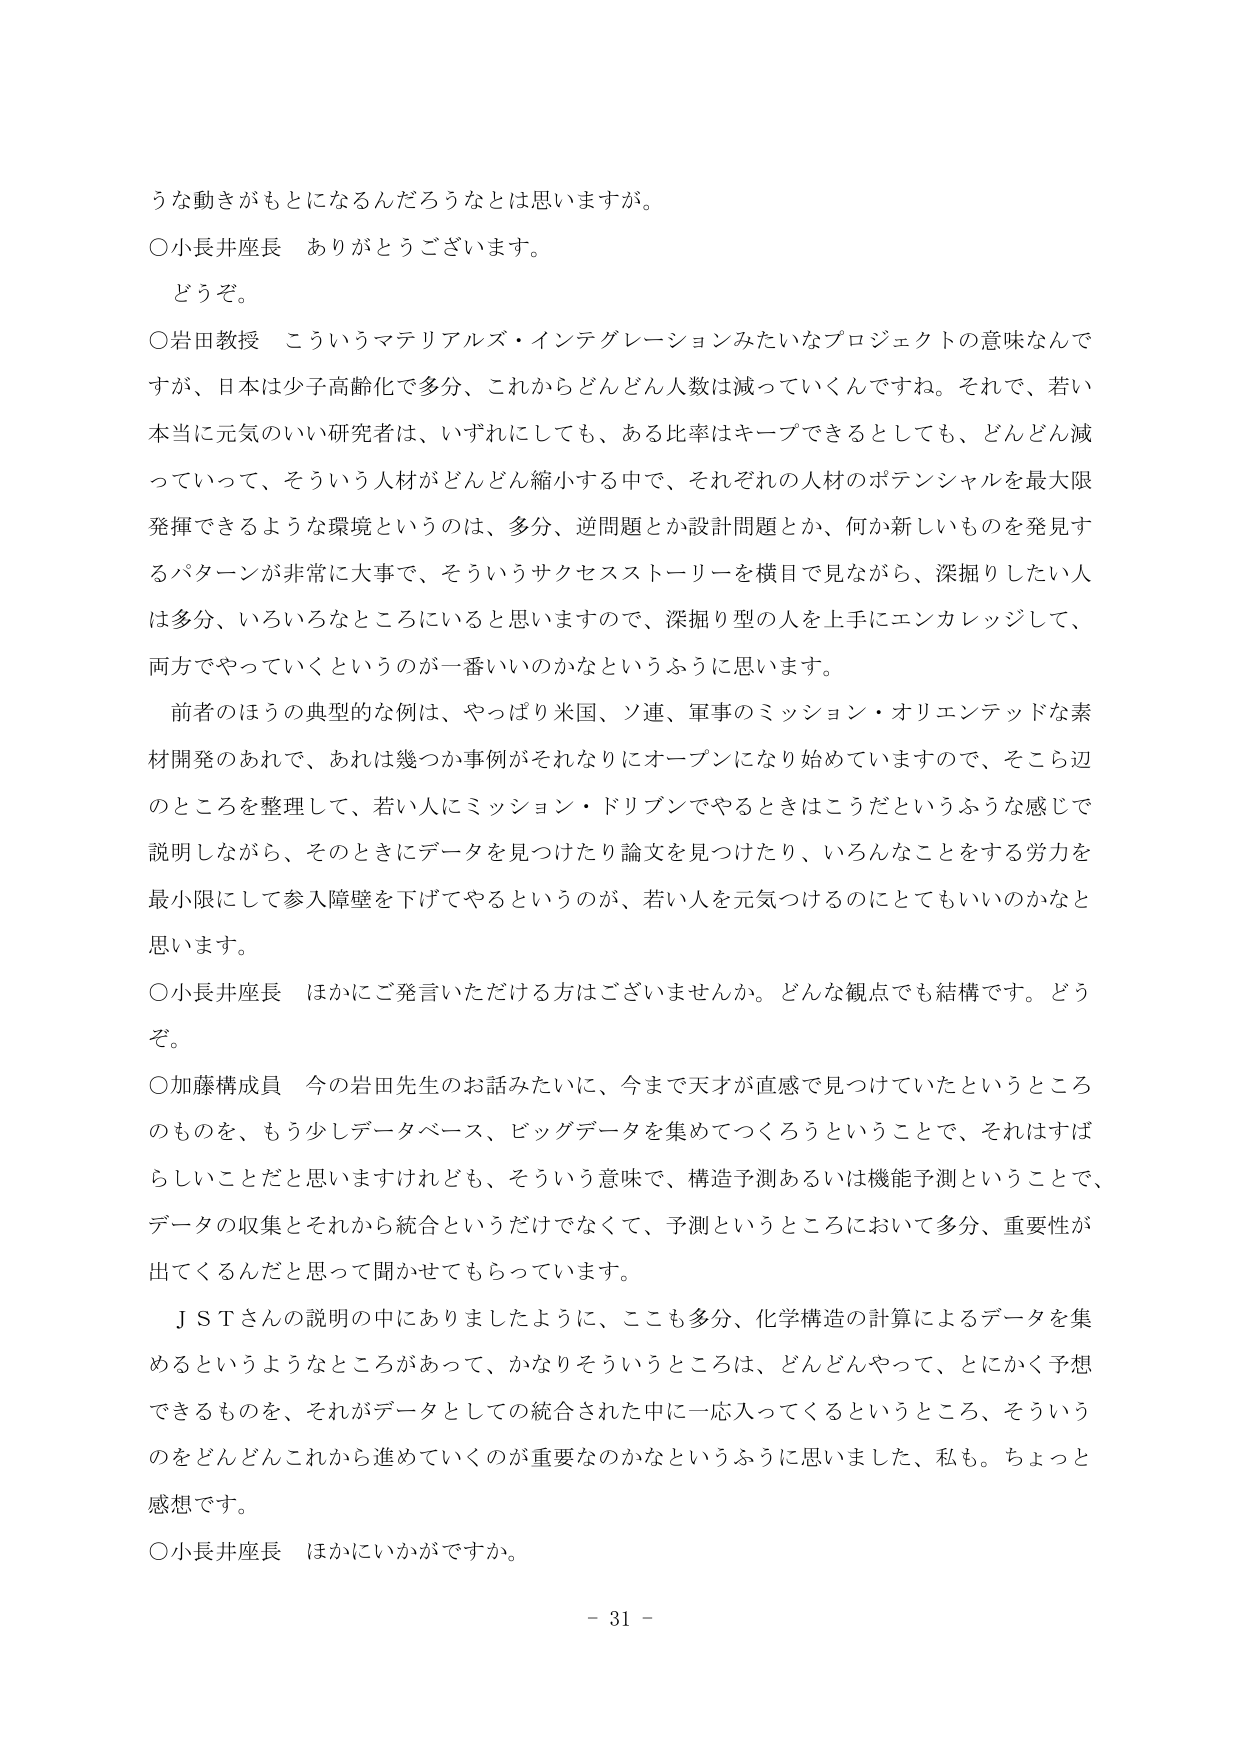
うな動きがもとになるんだろうなとは思いますが。

○小長井座長　ありがとうございます。
　どうぞ。

○岩田教授　こういうマテリアルズ・インテグレーションみたいなプロジェクトの意味なんですが、日本は少子高齢化で多分、これからどんどん人数は減っていくんですね。それで、若い本当に元気のいい研究者は、いずれにしても、ある比率はキープできるとしても、どんどん減っていって、そういう人材がどんどん縮小する中で、それぞれの人材のポテンシャルを最大限発揮できるような環境というのは、多分、逆問題とか設計問題とか、何か新しいものを発見するパターンが非常に大事で、そういうサクセスストーリーを横目で見ながら、深掘りしたい人は多分、いろいろなところにいると思いますので、深掘り型の人を上手にエンカレッジして、両方でやっていくというのが一番いいのかなというふうに思います。

　前者のほうの典型的な例は、やっぱり米国、ソ連、軍事のミッション・オリエンテッドな素材開発のあれで、あれは幾つか事例がそれなりにオープンになり始めていますので、そこら辺のところを整理して、若い人にミッション・ドリブンでやるときはこうだというふうな感じで説明しながら、そのときにデータを見つけたり論文を見つけたり、いろんなことをする労力を最小限にして参入障壁を下げてやるというのが、若い人を元気づけるのにとてもいいのかなと思います。

○小長井座長　ほかにご発言いただける方はございませんか。どんな観点でも結構です。どうぞ。

○加藤構成員　今の岩田先生のお話みたいに、今まで天才が直感で見つけていたというところのものを、もう少しデータベース、ビッグデータを集めてつくろうということで、それはすばらしいことだと思いますけれども、そういう意味で、構造予測あるいは機能予測ということで、データの収集とそれから統合というだけでなくて、予測というところにおいて多分、重要性が出てくるんだと思って聞かせてもらっています。

　ＪＳＴさんの説明の中によりましたように、ここも多分、化学構造の計算によるデータを集めるというようなところがあって、かなりそういうところは、どんどんやって、とにかく予想できるものを、それがデータとしての統合された中に一応入ってくるというところ、そういうのをどんどんこれから進めていくのが重要なのかなというふうに思いました、私も。ちょっと感想です。

○小長井座長　ほかにいかがですか。

－ 31 －